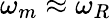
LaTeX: \omega_{m}\approx\omega_{R}